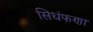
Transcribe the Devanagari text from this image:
सिधंफणा